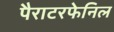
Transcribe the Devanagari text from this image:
पैराटरफेनिल